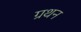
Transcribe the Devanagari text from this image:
ग्रथन